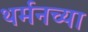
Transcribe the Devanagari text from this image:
थर्मनच्या